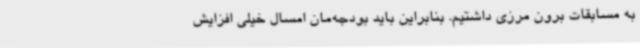
به مسابقات برون مرزی داشتیم. بنابراین باید بودجه‌مان امسال خیلی افزایش